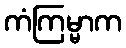
ကံကြမ္မာက